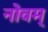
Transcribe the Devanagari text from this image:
नोवम्